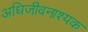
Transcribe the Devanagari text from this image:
अधिजीवनाश्यक